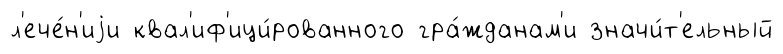
л'ече́н'иjи квал'иф'ици́рованного гра́жданам'и значи́т'ельный